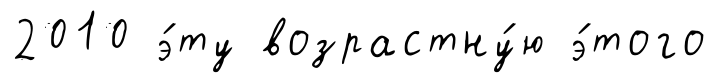
2010 э́ту возрастну́ю э́того